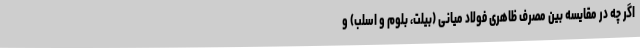
اگر چه در مقایسه بین مصرف ظاهری فولاد میانی (بیلت، بلوم و اسلب) و